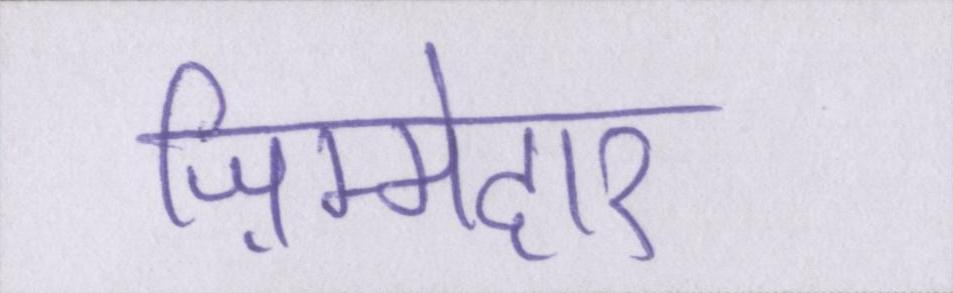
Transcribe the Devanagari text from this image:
ज़िम्मेदार